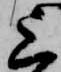
上